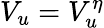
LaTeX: V_{u}=V_{u}^{\eta}